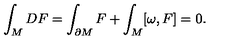
\int _ { M } D F = \int _ { \partial M } F + \int _ { M } [ \omega , F ] = 0 .